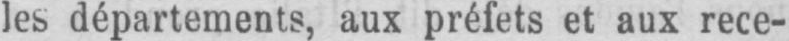
départements, aux préfets et aux rece-